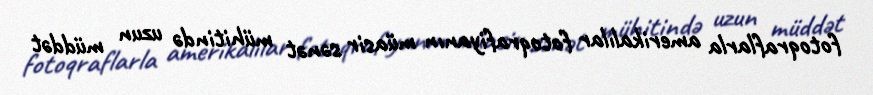
fotoqraflarla amerikalılar fotoqrafiyanın müasir sənət mühitində uzun müddət